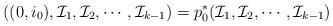
LaTeX: \begin{align*}((0,i_0),\mathcal{I}_1,\mathcal{I}_2,\cdots, \mathcal{I}_{k-1}) = p_0^*(\mathcal{I}_1,\mathcal{I}_2,\cdots, \mathcal{I}_{k-1})\end{align*}